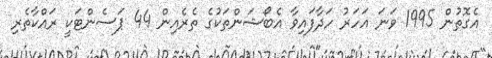
އެގޮތުން 1995 ވަނަ އަހަރު ހަދާފައިވާ އެބޯޝަންތަކުގެ ތެރެއިން 44 ޕަސެންޓަކީ ރައްކާތެރި